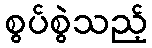
စွပ်စွဲသည့်